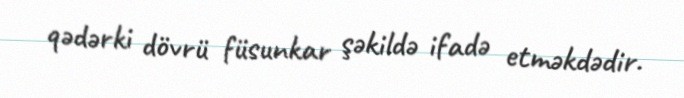
qədərki dövrü füsunkar şəkildə ifadə etməkdədir.